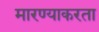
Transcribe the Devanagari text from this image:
मारण्याकरता